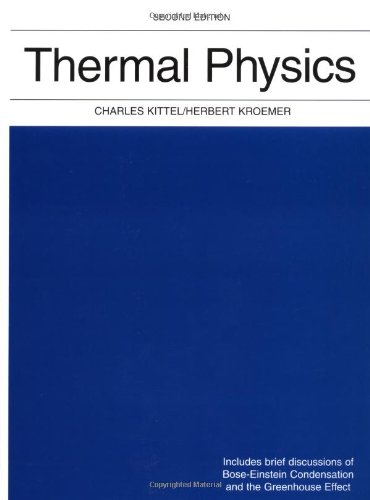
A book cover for Thermal Physics (2nd Edition); Charles Kittel; Science & Math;